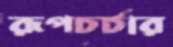
রূপচর্চার